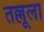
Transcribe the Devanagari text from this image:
तल्लूला